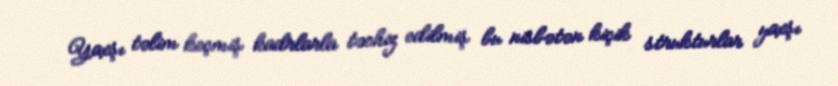
Yaxşı təlim keçmiş kadrlarla təchiz edilmiş bu nisbətən kiçik strukturlar yaxşı